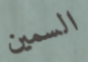
السمين